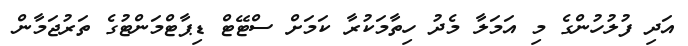
އަދި ފުލުހުންގެ މި އަމަލާ މެދު ހިތާމަކުރާ ކަމަށް ސްޓޭޓް ޑިޕާޓްމަންޓުގެ ތަރުޖަމާން